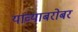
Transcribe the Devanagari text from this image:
यांव्याबरोबर